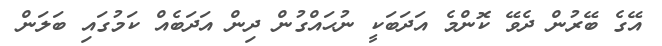
އޭގެ ބޭރުން ދެވޭ ކޮންމެ އަދަބަކީ ނުޙައްގުން ދިން އަދަބެއް ކަމުގައި ބަލަން